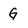
Character: G